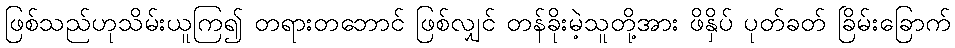
ဖြစ်သည်ဟုသိမ်းယူကြ၍ တရားတဘောင် ဖြစ်လျှင် တန်ခိုးမဲ့သူတို့အား ဖိနှိပ် ပုတ်ခတ် ခြိမ်းခြောက်